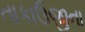
તાકાઉજીના